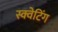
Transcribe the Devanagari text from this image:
स्क्वेटिंग